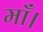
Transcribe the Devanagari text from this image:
माँ।